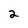
Character: 2